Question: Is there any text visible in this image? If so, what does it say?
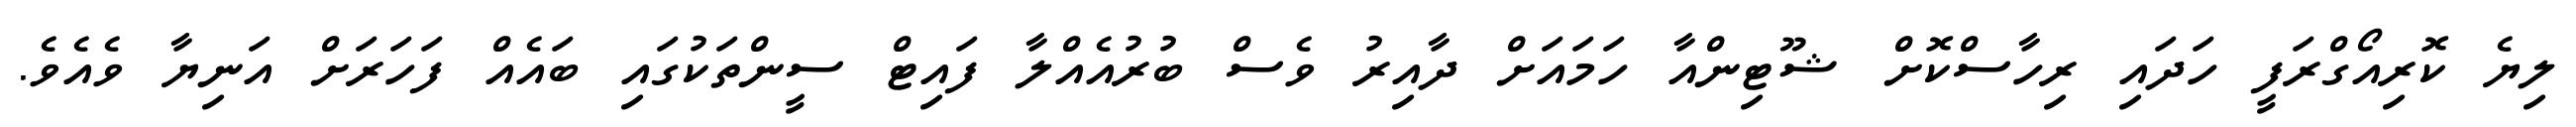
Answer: ލިޔެ ކޮރިއޯގްރަފީ ހަދައި ރިހާސްކޮށް ޝޫޓިންއާ ހަމައަށް ދާއިރު ވެސް ބުރުއެއްލާ ފައިޓް ސީންތަކުގައި ބައެއް ފަހަރަށް އަނިޔާ ވެއެވެ.